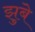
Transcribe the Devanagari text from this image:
झुबे